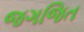
જગજિત